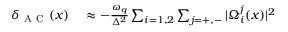
\begin{array} { r l } { \delta _ { \mathrm { ~ A ~ C ~ } } ( x ) } & { { } \approx - \frac { \omega _ { q } } { \Delta ^ { 2 } } \sum _ { i = 1 , 2 } \sum _ { j = + , - } | \Omega _ { i } ^ { j } ( x ) | ^ { 2 } } \end{array}